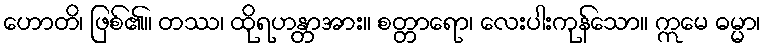
ဟောတိ၊ ဖြစ်၏။ တဿ၊ ထိုရဟန္တာအား။ စတ္တာရော၊ လေးပါးကုန်သော။ ဣမေ ဓမ္မာ၊